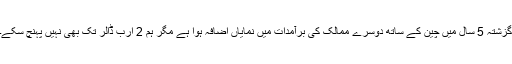
گزشتہ 5 سال میں چین کے ساتھ دوسرے ممالک کی برآمدات میں نمایاں اضافہ ہوا ہے مگر ہم 2 ارب ڈالر تک بھی نہیں پہنچ سکے۔